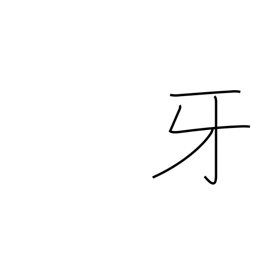
Meaning: fang